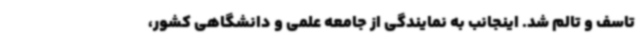
تاسف و تالم شد. اینجانب به نمایندگی از جامعه علمی و دانشگاهی کشور،